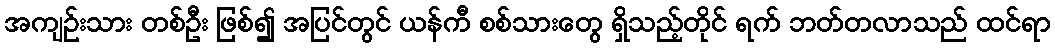
အကျဉ်းသား တစ်ဦး ဖြစ်၍ အပြင်တွင် ယန်ကီ စစ်သားတွေ ရှိသည့်တိုင် ရက် ဘတ်တလာသည် ထင်ရာ